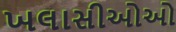
ખલાસીઓઓ